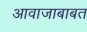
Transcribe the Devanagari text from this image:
आवाजाबाबत